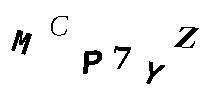
MCP7YZ